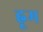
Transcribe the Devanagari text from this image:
ह्नूम